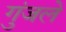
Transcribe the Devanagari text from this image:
गुंजले